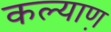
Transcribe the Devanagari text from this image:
कल्याण़